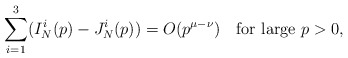
\begin{align*}\sum_{i=1}^3(I_N^i(p)-J_N^i(p))=O(p^{\mu-\nu})\quad\mbox{for large }p>0,\end{align*}